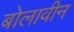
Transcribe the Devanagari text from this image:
बोलावीन